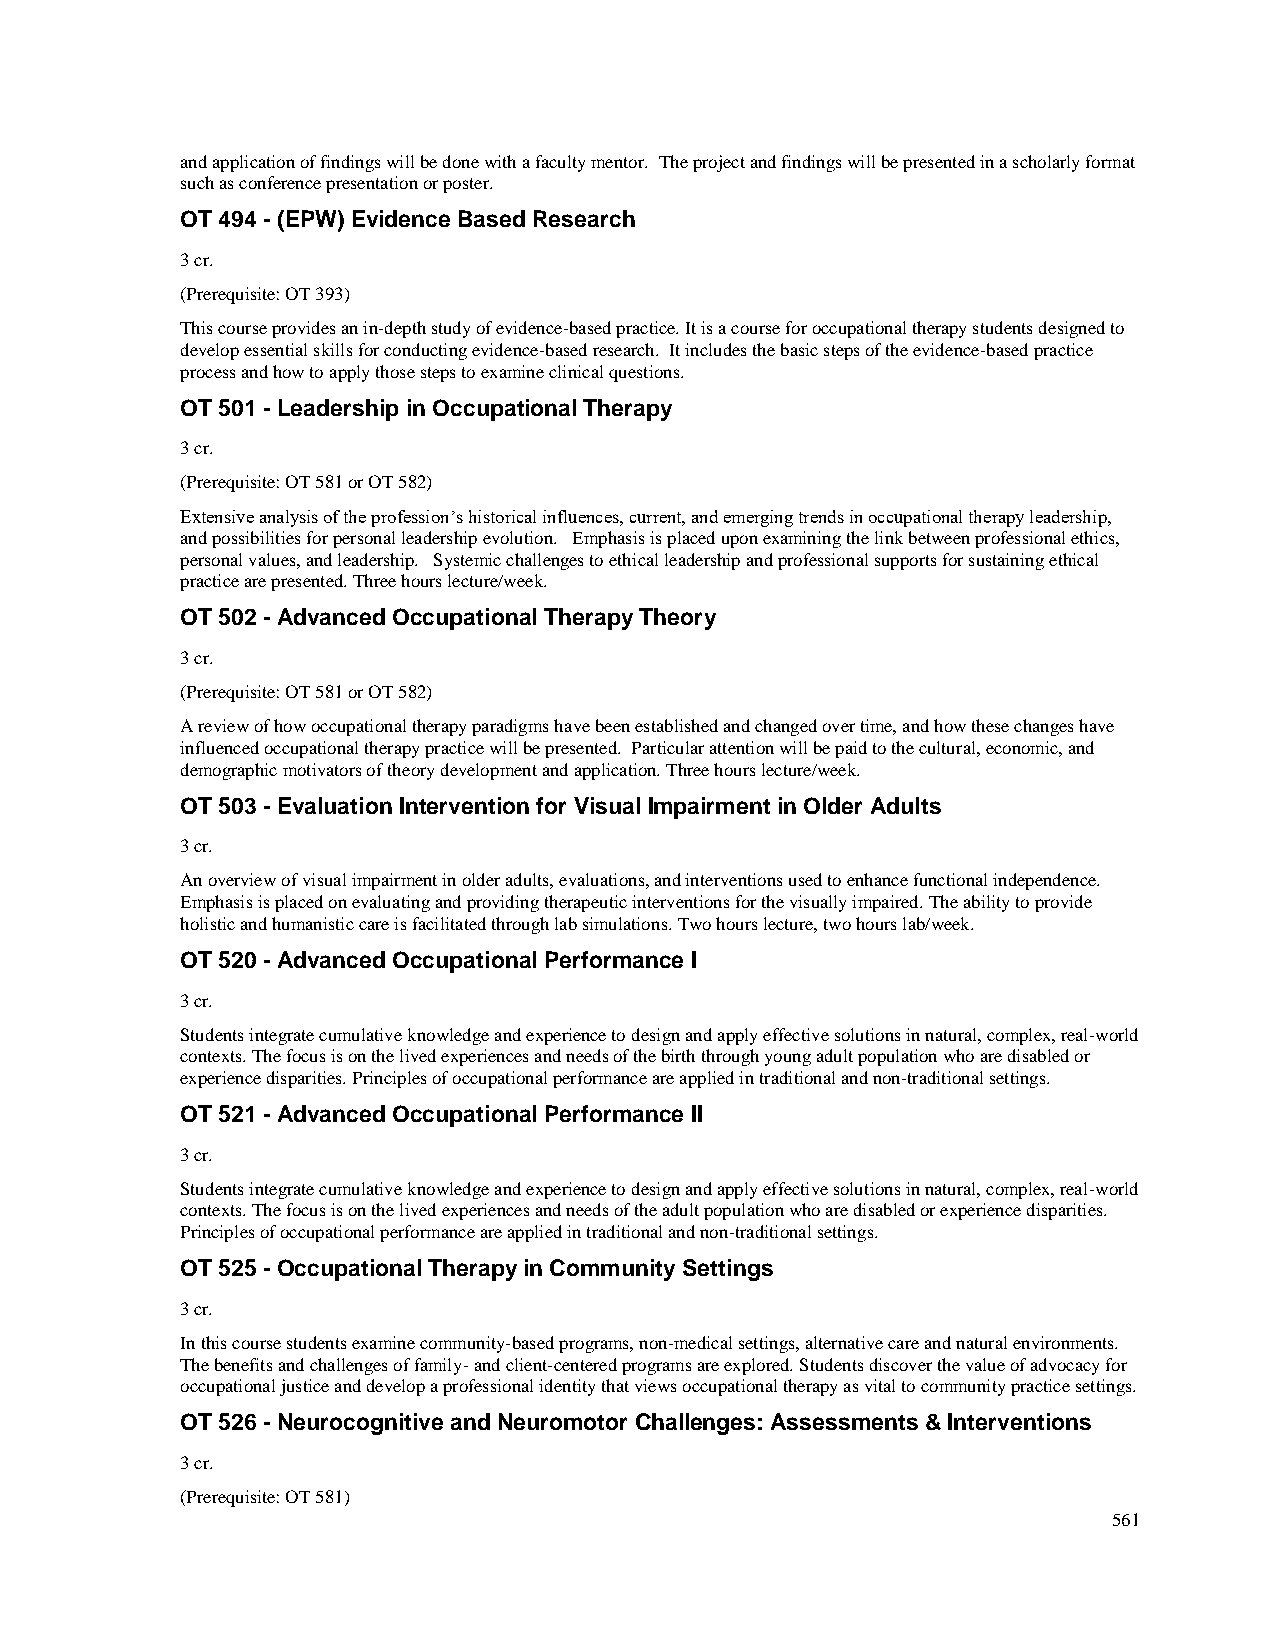
and application of findings will be done with a faculty mentor. The project and findings will be presented in a scholarly format
 such as conference presentation or poster.
 OT 494 - (EPW) Evidence Based Research
 3 cr.
 (Prerequisite: OT 393)
 This course provides an in-depth study of evidence-based practice. It is a course for occupational therapy students designed to
 develop essential skills for conducting evidence-based research. It includes the basic steps of the evidence-based practice
 process and how to apply those steps to examine clinical questions.
 OT 501 - Leadership in Occupational Therapy
 3 cr.
 (Prerequisite: OT 581 or OT 582)
 Extensive analysis of the profession’s historical influences, current, and emerging trends in occupational therapy leadership,
 and possibilities for personal leadership evolution. Emphasis is placed upon examining the link between professional ethics,
 personal values, and leadership. Systemic challenges to ethical leadership and professional supports for sustaining ethical
 practice are presented. Three hours lecture/week.
 OT 502 - Advanced Occupational Therapy Theory
 3 cr.
 (Prerequisite: OT 581 or OT 582)
 A review of how occupational therapy paradigms have been established and changed over time, and how these changes have
 influenced occupational therapy practice will be presented. Particular attention will be paid to the cultural, economic, and
 demographic motivators of theory development and application. Three hours lecture/week.
 OT 503 - Evaluation Intervention for Visual Impairment in Older Adults
 3 cr.
 An overview of visual impairment in older adults, evaluations, and interventions used to enhance functional independence.
 Emphasis is placed on evaluating and providing therapeutic interventions for the visually impaired. The ability to provide
 holistic and humanistic care is facilitated through lab simulations. Two hours lecture, two hours lab/week.
 OT 520 - Advanced Occupational Performance I
 3 cr.
 Students integrate cumulative knowledge and experience to design and apply effective solutions in natural, complex, real-world
 contexts. The focus is on the lived experiences and needs of the birth through young adult population who are disabled or
 experience disparities. Principles of occupational performance are applied in traditional and non-traditional settings.
 OT 521 - Advanced Occupational Performance II
 3 cr.
 Students integrate cumulative knowledge and experience to design and apply effective solutions in natural, complex, real-world
 contexts. The focus is on the lived experiences and needs of the adult population who are disabled or experience disparities.
 Principles of occupational performance are applied in traditional and non-traditional settings.
 OT 525 - Occupational Therapy in Community Settings
 3 cr.
 In this course students examine community-based programs, non-medical settings, alternative care and natural environments.
 The benefits and challenges of family- and client-centered programs are explored. Students discover the value of advocacy for
 occupational justice and develop a professional identity that views occupational therapy as vital to community practice settings.
 OT 526 - Neurocognitive and Neuromotor Challenges: Assessments & Interventions
 3 cr.
 (Prerequisite: OT 581)
 561